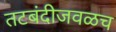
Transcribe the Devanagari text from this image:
तटबंदीजवळच